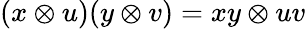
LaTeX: (x\otimes u)(y\otimes v)=xy\otimes uv